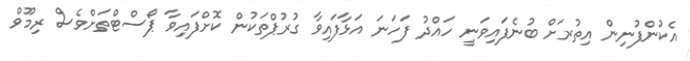
އެކުންފުނިން އިތުރަށް ބުނެފައިވަނީ ހައްދު ފަހަނަ އަޅާފައިވާ ގުރުޕްތަކުން ކޮށްފައިވާ ޕޯސްޓްތަށްވެސް ރިމޫވް